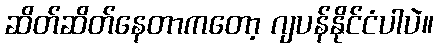
ဆိတ်ဆိတ်နေတာကတော့ ဂျပန်နိုင်ငံပါပဲ။